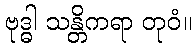
ဗုဒ္ဓါ သန္တိကရာ တုဝံ။